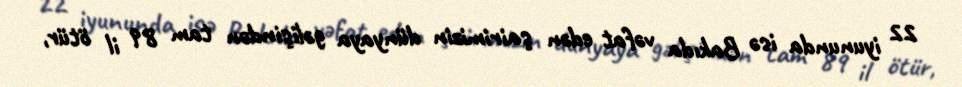
22 iyununda isə Bakıda vəfat edən şairimizin dünyaya gəlişindən tam 89 il ötür,